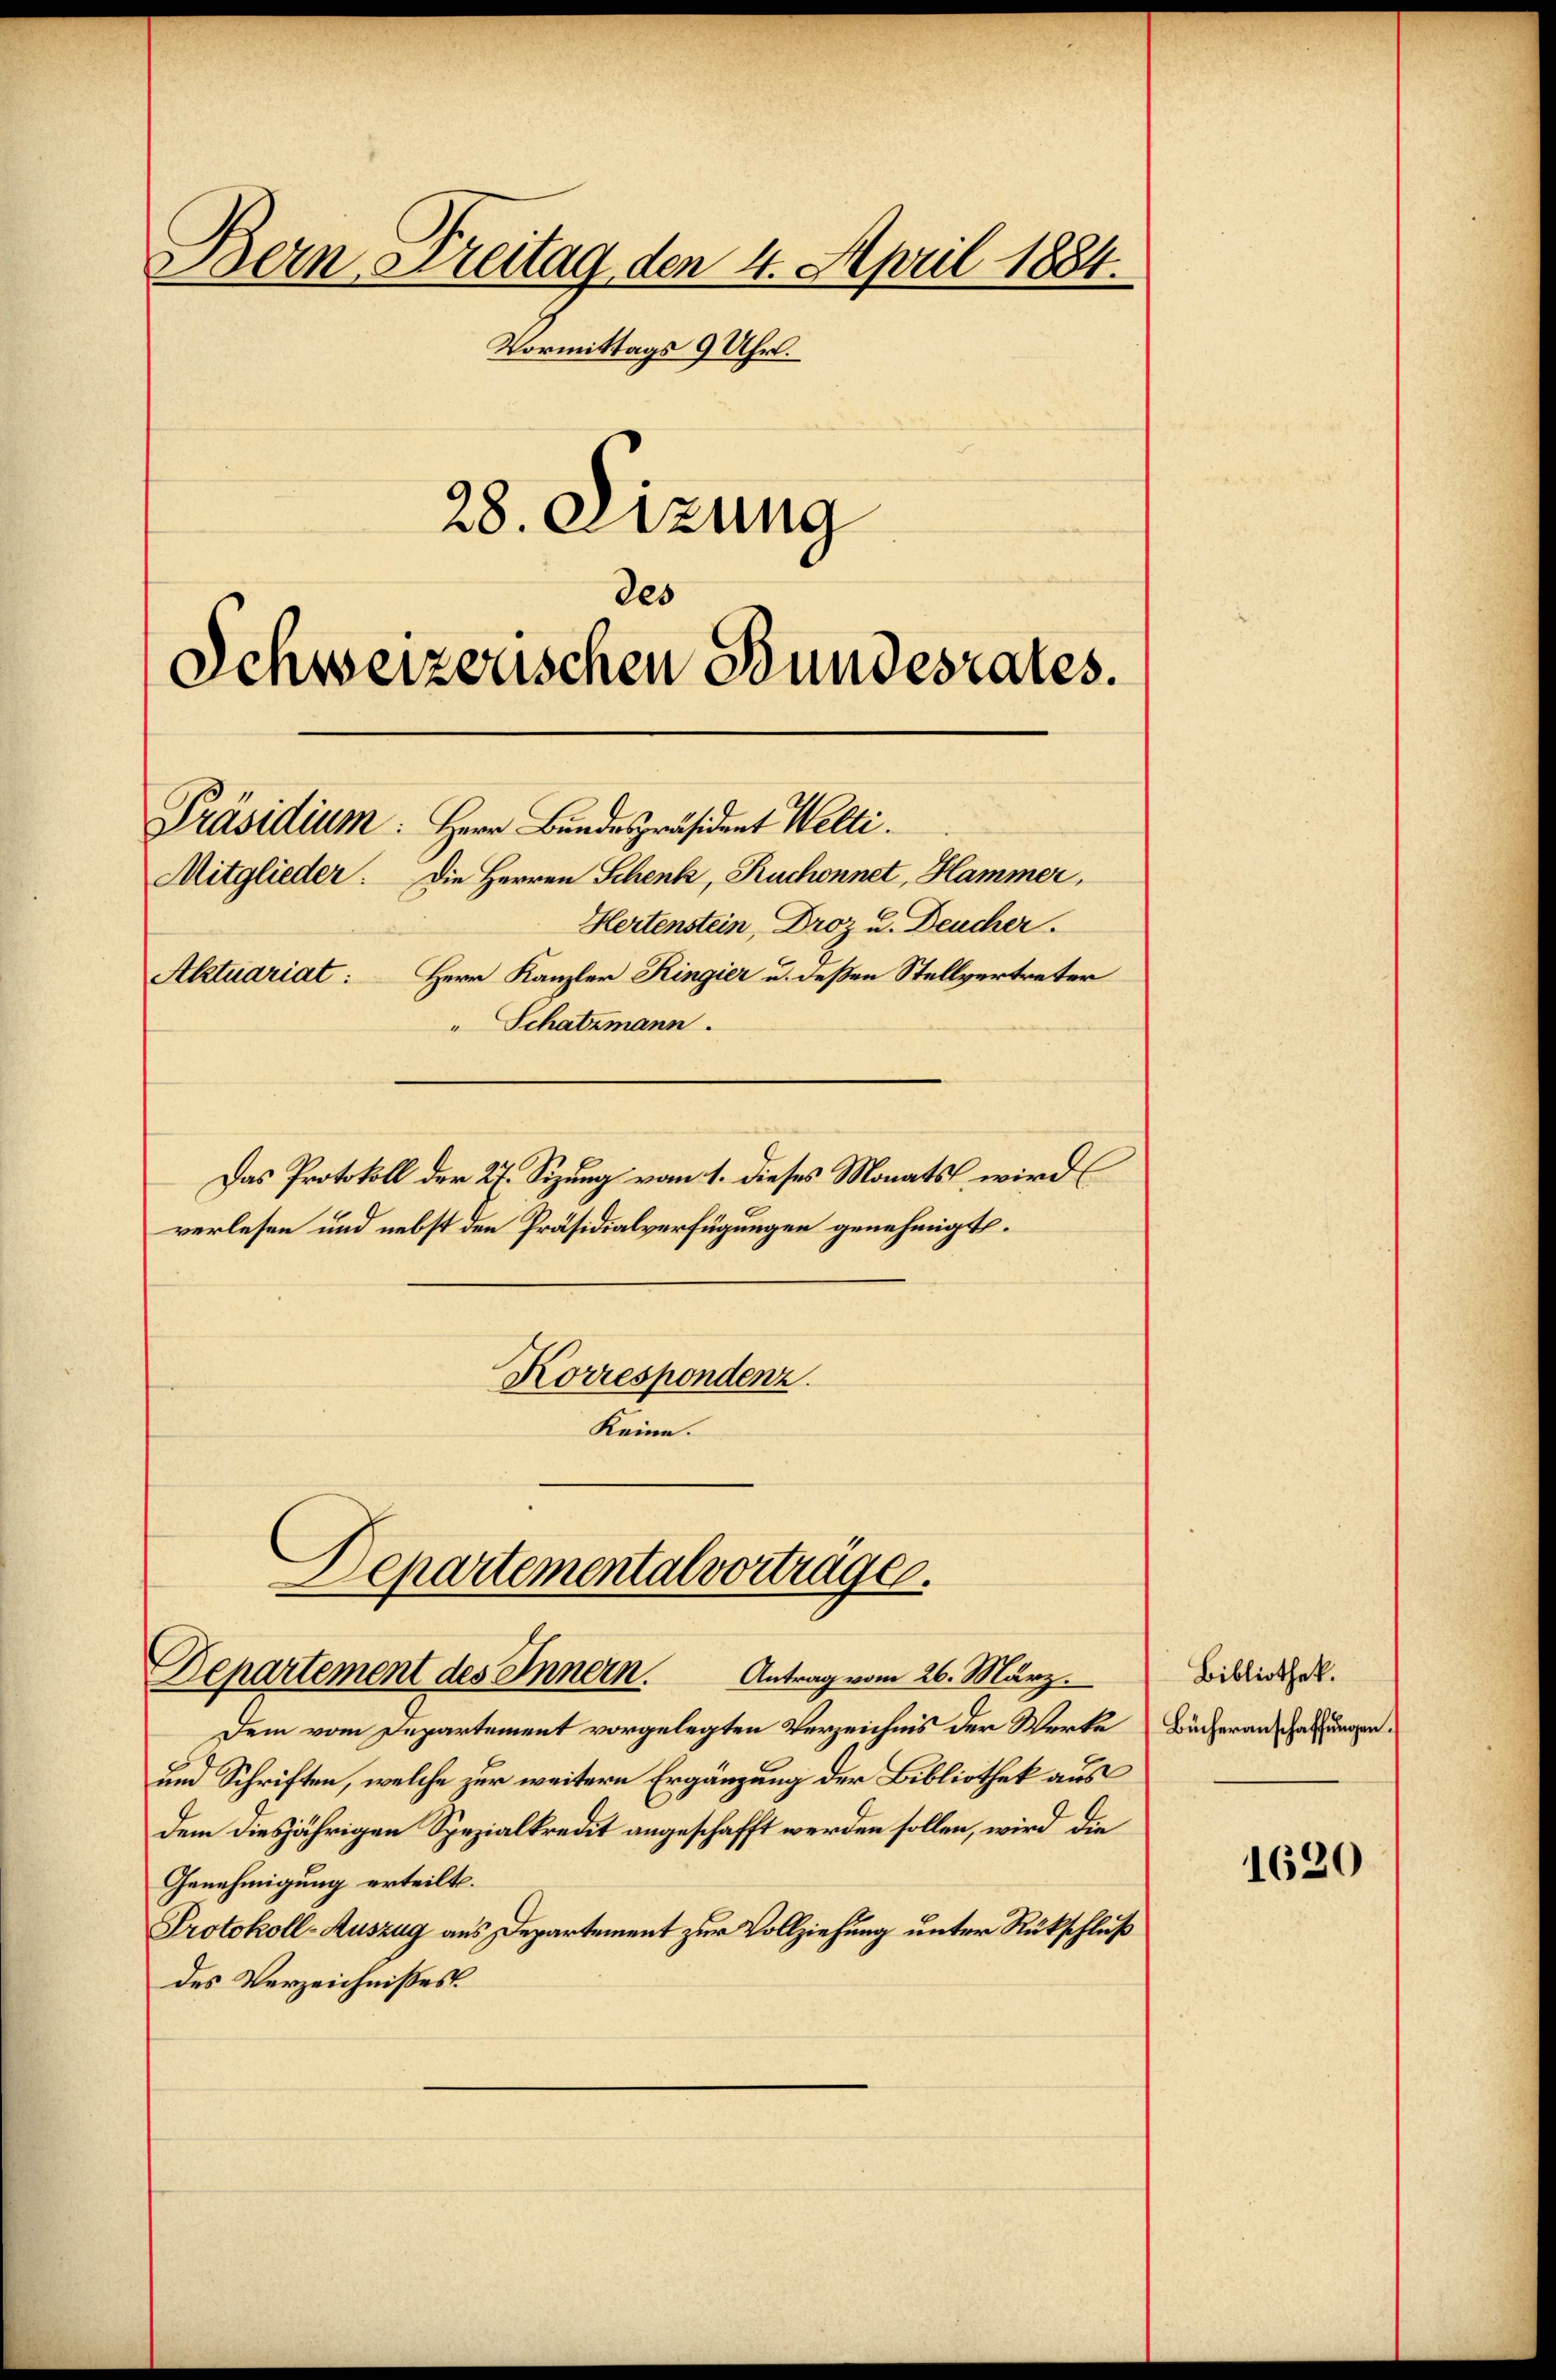
des

Bern, Breitag den 4. April 1884.
Vormittags 9 Uhr.
28. Sizung

Schweizerischen Stundesrates.
Präsidium: Herr Bundespräsident Welti.
Mitglieder: Die Herren Schenk, Ruchonnet, Hammer,
Hertenstein, Droz u. Deucher.
Aktuariat: Herr Kanzler Ringier u. deßen Stellvertreter
" Schatzmann.

Das Protokoll der 27. Sizung vom 1. dieses Monats wird
verlesen und nebst den Präsidialverfügungen genehmigt.

Korrespondenz.
Keine.

Departemental vorträge.
Departement des Innern.
Antrag vom 26. März.

Dem vom Departement vorgelegten Verzeichnis der Werke Bücheranschaffungen
und Schriften, welche zur weitern Ergänzung der Bibliothek aus
dem diesjährigen Spezialkredit angeschafft werden sollen, wird die
Genehmigung erteilt.
Protokoll-Auszug aus Departement zur Vollziehung unter Rückschluß
des Verzeichnisses.

Bibliothek.

1620